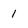
Character: 1